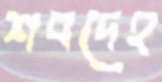
শবদেহ